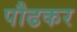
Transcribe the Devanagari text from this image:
पौढकर